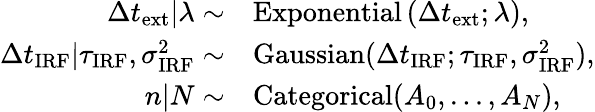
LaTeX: \begin{array}{rl}{\Delta t_{\mathrm{ext}}|\lambda\sim}&{\mathrm{Exponential}\left(\Delta t_{\mathrm{ext}};\lambda\right),}\\ {\Delta t_{\mathrm{IRF}}|\tau_{\mathrm{IRF}},\sigma_{\mathrm{IRF}}^{2}\sim}&{\mathrm{Gaussian}(\Delta t_{\mathrm{IRF}};\tau_{\mathrm{IRF}},\sigma_{\mathrm{IRF}}^{2}),}\\ {n|N\sim}&{\mathrm{Categorical}(A_{0},...,A_{N}),}\end{array}